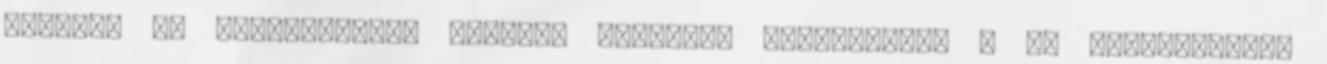
töltjük és szárazgőzben hagyjuk kihűlni. Hozzávalók: 3 kg zöldpaprika,